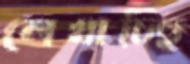
লেখাচ্ছি